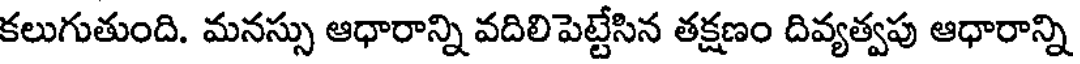
కలుగుతుంది. మనస్సు ఆధారాన్ని వదిలిపెట్టేసిన తక్షణం దివ్యత్వపు ఆధారాన్ని